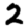
Digit: 2